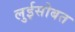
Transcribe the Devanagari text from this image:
लुईसोबत